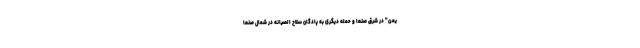
یمن" در شرق صنعا و حمله دیگری به پادگان سلاح الصیانه در شمال صنعا